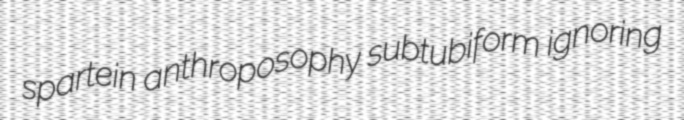
spartein anthroposophy subtubiform ignoring